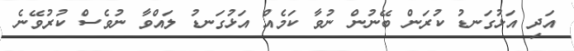
އަދި އަޅުގަނޑު ކުރަން ބޭނުން ނުވާ ކަމެއް އަޅުގަނޑު ލައްވާ ނުވެސް ކުރުވޭނެ